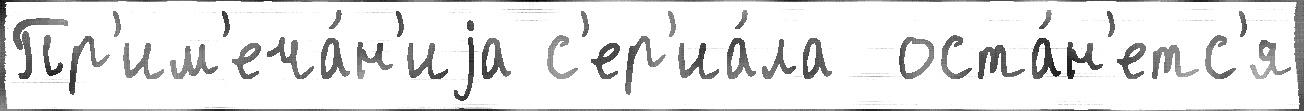
Пр'им'еча́н'иjа с'ер'иа́ла  оста́н'етс'я